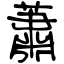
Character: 蕭